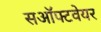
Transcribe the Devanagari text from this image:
सऑफ्टवेयर